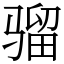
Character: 骝